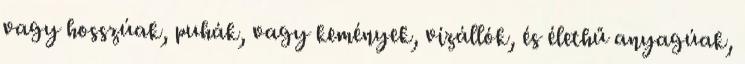
vagy hosszúak, puhák, vagy kemények, vízállók, és élethű anyagúak,